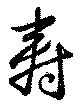
寿